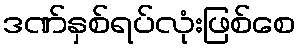
ဒဏ်နှစ်ရပ်လုံးဖြစ်စေ